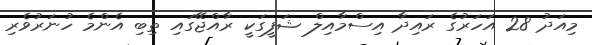
މިއަދު 28 އަހަރުގެ ރައިދާ އިސްމާއިލް ޝަފީގަކީ ރާއްޖޭގައި ތިބި އެންމެ ހުނަރުވެރި